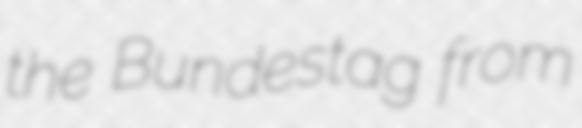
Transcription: the Bundestag from